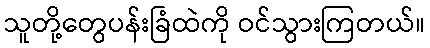
သူတို့တွေပန်းခြံထဲကို ဝင်သွားကြတယ်။